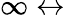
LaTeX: \infty\leftrightarrow